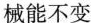
械能不变